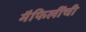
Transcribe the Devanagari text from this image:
मैफिलींची